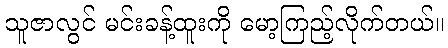
သူဇာလွင် မင်းခန့်ထူးကို မော့ကြည့်လိုက်တယ်။